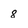
Character: 8